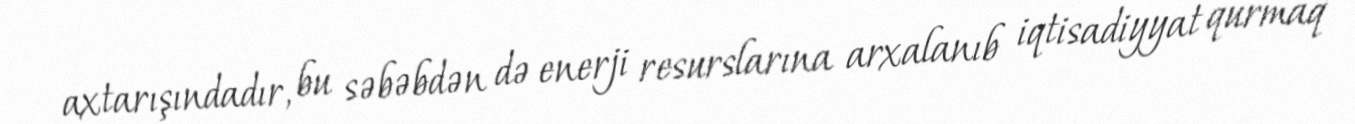
axtarışındadır, bu səbəbdən də enerji resurslarına arxalanıb iqtisadiyyat qurmaq